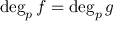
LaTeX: \deg _ { p } f = \deg _ { p } g